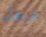
معد